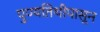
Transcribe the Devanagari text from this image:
पुण्यतिथीपासून